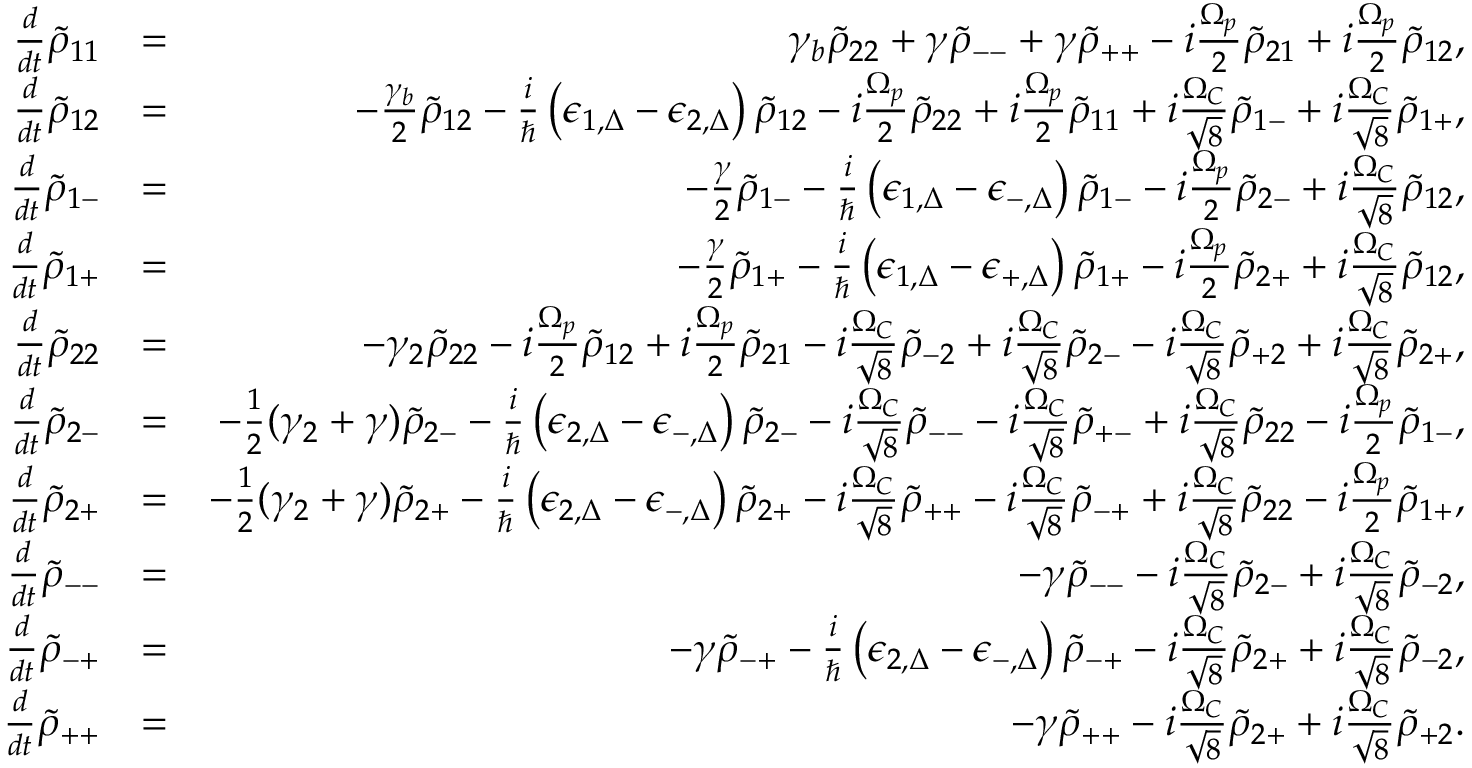
\begin{array} { r l r } { \frac { d } { d t } \tilde { \rho } _ { 1 1 } } & { = } & { \gamma _ { b } \tilde { \rho } _ { 2 2 } + \gamma \tilde { \rho } _ { -- } + \gamma \tilde { \rho } _ { + + } - i \frac { \Omega _ { p } } { 2 } \tilde { \rho } _ { 2 1 } + i \frac { \Omega _ { p } } { 2 } \tilde { \rho } _ { 1 2 } , } \\ { \frac { d } { d t } \tilde { \rho } _ { 1 2 } } & { = } & { - \frac { \gamma _ { b } } { 2 } \tilde { \rho } _ { 1 2 } - \frac { i } { \hbar } \left( \epsilon _ { 1 , \Delta } - \epsilon _ { 2 , \Delta } \right) \tilde { \rho } _ { 1 2 } - i \frac { \Omega _ { p } } { 2 } \tilde { \rho } _ { 2 2 } + i \frac { \Omega _ { p } } { 2 } \tilde { \rho } _ { 1 1 } + i \frac { \Omega _ { C } } { \sqrt { 8 } } \tilde { \rho } _ { 1 - } + i \frac { \Omega _ { C } } { \sqrt { 8 } } \tilde { \rho } _ { 1 + } , } \\ { \frac { d } { d t } \tilde { \rho } _ { 1 - } } & { = } & { - \frac { \gamma } { 2 } \tilde { \rho } _ { 1 - } - \frac { i } { \hbar } \left( \epsilon _ { 1 , \Delta } - \epsilon _ { - , \Delta } \right) \tilde { \rho } _ { 1 - } - i \frac { \Omega _ { p } } { 2 } \tilde { \rho } _ { 2 - } + i \frac { \Omega _ { C } } { \sqrt { 8 } } \tilde { \rho } _ { 1 2 } , } \\ { \frac { d } { d t } \tilde { \rho } _ { 1 + } } & { = } & { - \frac { \gamma } { 2 } \tilde { \rho } _ { 1 + } - \frac { i } { \hbar } \left( \epsilon _ { 1 , \Delta } - \epsilon _ { + , \Delta } \right) \tilde { \rho } _ { 1 + } - i \frac { \Omega _ { p } } { 2 } \tilde { \rho } _ { 2 + } + i \frac { \Omega _ { C } } { \sqrt { 8 } } \tilde { \rho } _ { 1 2 } , } \\ { \frac { d } { d t } \tilde { \rho } _ { 2 2 } } & { = } & { - \gamma _ { 2 } \tilde { \rho } _ { 2 2 } - i \frac { \Omega _ { p } } { 2 } \tilde { \rho } _ { 1 2 } + i \frac { \Omega _ { p } } { 2 } \tilde { \rho } _ { 2 1 } - i \frac { \Omega _ { C } } { \sqrt { 8 } } \tilde { \rho } _ { - 2 } + i \frac { \Omega _ { C } } { \sqrt { 8 } } \tilde { \rho } _ { 2 - } - i \frac { \Omega _ { C } } { \sqrt { 8 } } \tilde { \rho } _ { + 2 } + i \frac { \Omega _ { C } } { \sqrt { 8 } } \tilde { \rho } _ { 2 + } , } \\ { \frac { d } { d t } \tilde { \rho } _ { 2 - } } & { = } & { - \frac { 1 } 2 ( \gamma _ { 2 } + \gamma ) \tilde { \rho } _ { 2 - } - \frac { i } { \hbar } \left( \epsilon _ { 2 , \Delta } - \epsilon _ { - , \Delta } \right) \tilde { \rho } _ { 2 - } - i \frac { \Omega _ { C } } { \sqrt { 8 } } \tilde { \rho } _ { -- } - i \frac { \Omega _ { C } } { \sqrt { 8 } } \tilde { \rho } _ { + - } + i \frac { \Omega _ { C } } { \sqrt { 8 } } \tilde { \rho } _ { 2 2 } - i \frac { \Omega _ { p } } { 2 } \tilde { \rho } _ { 1 - } , } \\ { \frac { d } { d t } \tilde { \rho } _ { 2 + } } & { = } & { - \frac { 1 } 2 ( \gamma _ { 2 } + \gamma ) \tilde { \rho } _ { 2 + } - \frac { i } { \hbar } \left( \epsilon _ { 2 , \Delta } - \epsilon _ { - , \Delta } \right) \tilde { \rho } _ { 2 + } - i \frac { \Omega _ { C } } { \sqrt { 8 } } \tilde { \rho } _ { + + } - i \frac { \Omega _ { C } } { \sqrt { 8 } } \tilde { \rho } _ { - + } + i \frac { \Omega _ { C } } { \sqrt { 8 } } \tilde { \rho } _ { 2 2 } - i \frac { \Omega _ { p } } { 2 } \tilde { \rho } _ { 1 + } , } \\ { \frac { d } { d t } \tilde { \rho } _ { -- } } & { = } & { - \gamma \tilde { \rho } _ { -- } - i \frac { \Omega _ { C } } { \sqrt { 8 } } \tilde { \rho } _ { 2 - } + i \frac { \Omega _ { C } } { \sqrt { 8 } } \tilde { \rho } _ { - 2 } , } \\ { \frac { d } { d t } \tilde { \rho } _ { - + } } & { = } & { - \gamma \tilde { \rho } _ { - + } - \frac { i } { \hbar } \left( \epsilon _ { 2 , \Delta } - \epsilon _ { - , \Delta } \right) \tilde { \rho } _ { - + } - i \frac { \Omega _ { C } } { \sqrt { 8 } } \tilde { \rho } _ { 2 + } + i \frac { \Omega _ { C } } { \sqrt { 8 } } \tilde { \rho } _ { - 2 } , } \\ { \frac { d } { d t } \tilde { \rho } _ { + + } } & { = } & { - \gamma \tilde { \rho } _ { + + } - i \frac { \Omega _ { C } } { \sqrt { 8 } } \tilde { \rho } _ { 2 + } + i \frac { \Omega _ { C } } { \sqrt { 8 } } \tilde { \rho } _ { + 2 } . } \end{array}